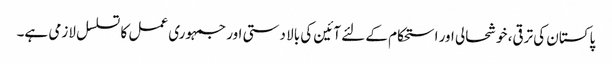
پاکستان کی ترقی، خوشحالی اور استحکام کے لئے آئین کی بالا دستی اور جمہوری عمل کا تسلسل لازمی ہے۔